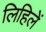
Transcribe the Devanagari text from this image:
लिहिलें